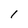
Character: 1